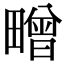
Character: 㽪